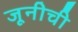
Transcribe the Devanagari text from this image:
जूनीची